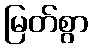
မြတ်စွာ